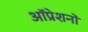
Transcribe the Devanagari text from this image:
ऑप्रेशनों